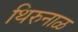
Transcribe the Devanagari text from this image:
थिरुनाळ